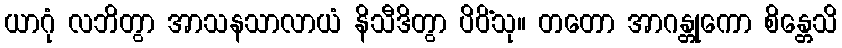
ယာဂုံ လဘိတွာ အာသနသာလာယံ နိသီဒိတွာ ပိဝိံသု။ တတော အာဂန္တုကော စိန္တေသိ